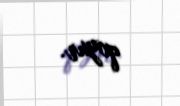
qoyur.